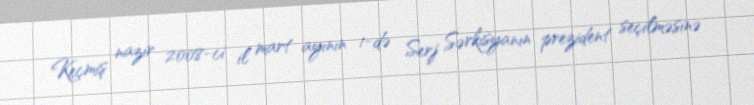
Keçmiş nazir 2008-ci il mart ayının 1-də Serj Sərkisyanın prezident seçilməsinə